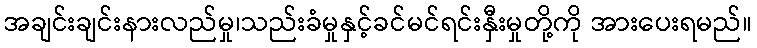
အချင်းချင်းနားလည်မှု၊သည်းခံမှုနှင့်ခင်မင်ရင်းနှီးမှုတို့ကို အားပေးရမည်။